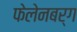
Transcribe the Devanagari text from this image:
फेलेनबर्ग